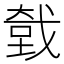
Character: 𮲍